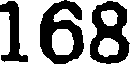
168